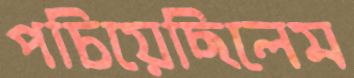
পচিয়েছিলেম